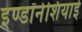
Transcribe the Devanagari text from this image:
इण्डॉनेशियाई